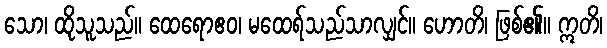
သော၊ ထိုသူသည်။ ထေရောဧဝ၊ မထေရ်သည်သာလျှင်။ ဟောတိ၊ ဖြစ်၏။ ဣတိ၊